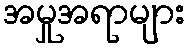
အမှုအရာများ